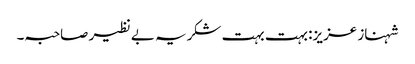
شہناز عزیز: بہت بہت شکریہ بے نظیر صاحبہ۔